Lock hospitals Punjab
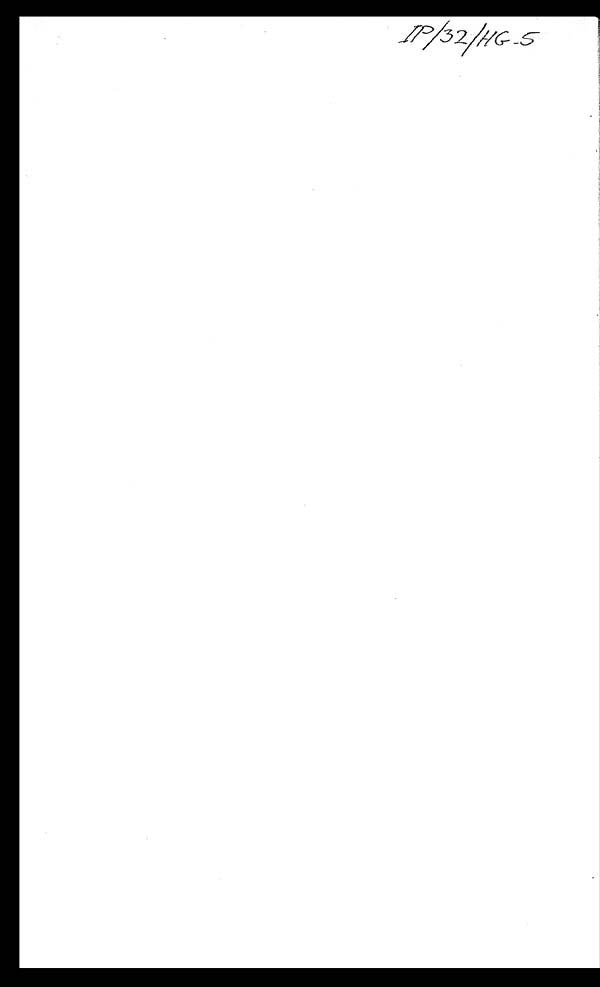
IP/ 32 /
H G - 5